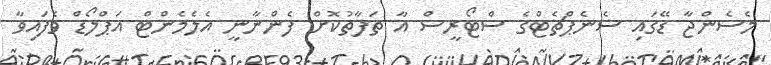
މެސެންޖާ ޑޭގައި ސެނެޕްޗެޓްގެ ސްޓޯރީސް އާ ތަފާތުކޮށް ފެންނާނީ އެލެމެންޓް އަޕްލޯޑް ވެފައިވާ